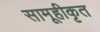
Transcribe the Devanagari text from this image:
सामूहीकृत